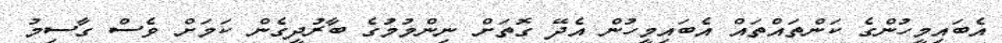
އެބައިމީހުންގެ ކަންތައްތައް އެބައިމީހުން އެދޭ ގޮތަށް ނިންމުމުގެ ބާރުދީގެން ކަމަށް ވެސް ގާސިމު